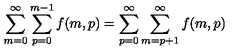
\sum _ { m = 0 } ^ { \infty } \sum _ { p = 0 } ^ { m - 1 } f ( m , p ) = \sum _ { p = 0 } ^ { \infty } \sum _ { m = p + 1 } ^ { \infty } f ( m , p )